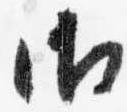
御